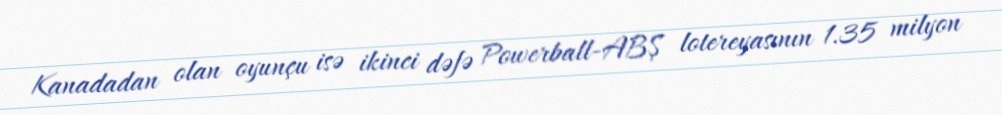
Kanadadan olan oyunçu isə ikinci dəfə Powerball-ABŞ lotereyasının 1.35 milyon